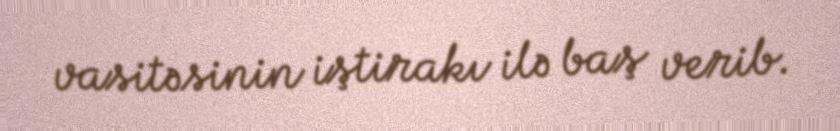
vasitəsinin iştirakı ilə baş verib.